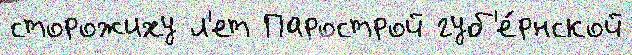
сторожиху л'ет Парострой губ'е́рнской